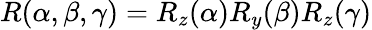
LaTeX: R(\alpha,\beta,\gamma)=R_{z}(\alpha)R_{y}(\beta)R_{z}(\gamma)